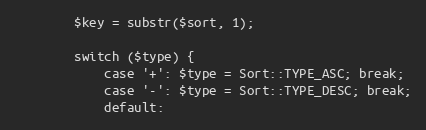
Language: PHP
        $key = substr($sort, 1);

        switch ($type) {
            case '+': $type = Sort::TYPE_ASC; break;
            case '-': $type = Sort::TYPE_DESC; break;
            default: